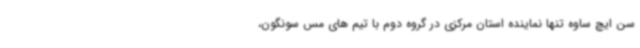
سن ایچ ساوه تنها نماینده استان مرکزی در گروه دوم با تیم های مس سونگون،